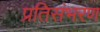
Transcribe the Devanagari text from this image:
प्रतिसंभरण